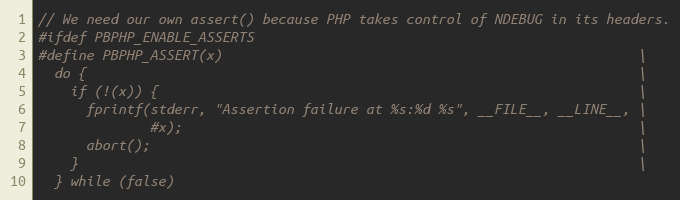
Language: C
// We need our own assert() because PHP takes control of NDEBUG in its headers.
#ifdef PBPHP_ENABLE_ASSERTS
#define PBPHP_ASSERT(x)                                                    \
  do {                                                                     \
    if (!(x)) {                                                            \
      fprintf(stderr, "Assertion failure at %s:%d %s", __FILE__, __LINE__, \
              #x);                                                         \
      abort();                                                             \
    }                                                                      \
  } while (false)